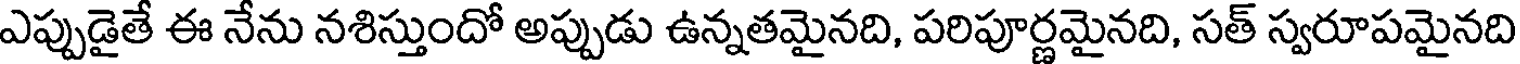
ఎప్పుడైతే ఈ నేను నశిస్తుందో అప్పుడు ఉన్నతమైనది, పరిపూర్ణమైనది, సత్ స్వరూపమైనది